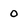
Character: 0